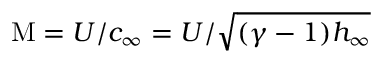
\mathrm { M } = U / c _ { \infty } = U / { \sqrt { ( \gamma - 1 ) h _ { \infty } } }